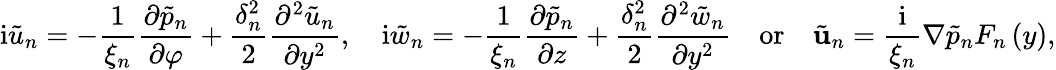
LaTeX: \mathrm{i}\tilde{u}_{n}=-\frac{1}{\xi_{n}}\frac{\partial\tilde{p}_{n}}{\partial\varphi}+\frac{\delta_{n}^{2}}{2}\frac{\partial^{2}\tilde{u}_{n}}{\partial y^{2}},\ \ \ \ \mathrm{i}\tilde{w}_{n}=-\frac{1}{\xi_{n}}\frac{\partial\tilde{p}_{n}}{\partial z}+\frac{\delta_{n}^{2}}{2}\frac{\partial^{2}\tilde{w}_{n}}{\partial y^{2}}\ \ \ \ \mathrm{or}\ \ \ \ \tilde{\mathbf{u}}_{n}=\frac{\mathrm{i}}{\xi_{n}}\nabla\tilde{p}_{n}F_{n}\left(y\right),